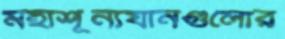
মহাশূন্যযানগুলোর